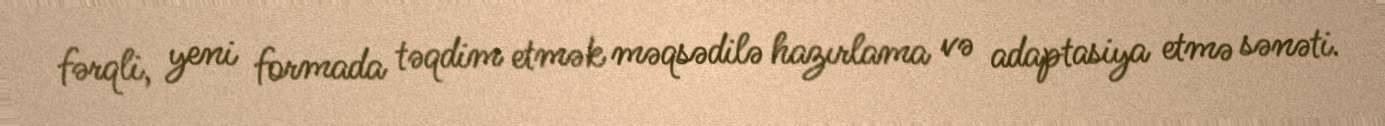
fərqli, yeni formada təqdim etmək məqsədilə hazırlama və adaptasiya etmə sənəti.